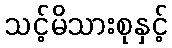
သင့်မိသားစုနှင့်